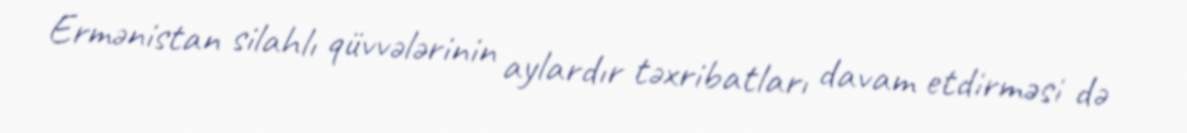
Ermənistan silahlı qüvvələrinin aylardır təxribatları davam etdirməsi də